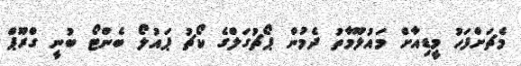
މެޗަށްފަހު މީޑިއާށް މައުލޫމާތު ދެމުން ޕޯޗުގަލްގެ ކޯޗު ޕައުލޯ ބެންޓޯ ބުނީ ގްރޫޕް